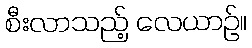
စီးလာသည့် လေယာဉ်။